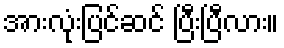
အားလုံးပြင်ဆင် ပြီးပြီလား။